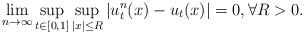
\begin{align*}\lim_{n\to\infty}\sup_{t\in[0,1]}\sup_{|x|\leq R}|u^n_t(x)-u_t(x)|=0, \forall R>0.\end{align*}